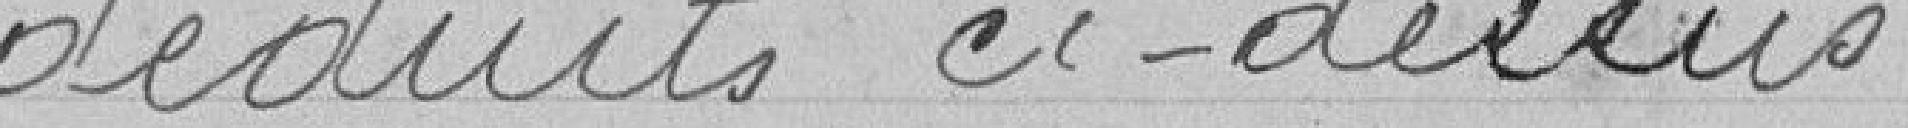
déduits ci-dessus.